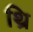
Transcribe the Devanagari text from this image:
थ्रि